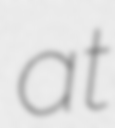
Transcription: at